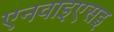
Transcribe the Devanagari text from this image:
एनवाइएसइ